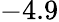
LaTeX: -4.9